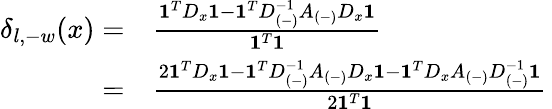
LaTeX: \begin{array}{rl}{\delta_{l,-w}(x)=}&{\frac{\mathbf{1}^{T}D_{x}\mathbf{1}-\mathbf{1}^{T}D_{(-)}^{-1}A_{(-)}D_{x}\mathbf{1}}{\mathbf{1}^{T}\mathbf{1}}}\\ {=}&{\frac{2\mathbf{1}^{T}D_{x}\mathbf{1}-\mathbf{1}^{T}D_{(-)}^{-1}A_{(-)}D_{x}\mathbf{1}-\mathbf{1}^{T}D_{x}A_{(-)}D_{(-)}^{-1}\mathbf{1}}{2\mathbf{1}^{T}\mathbf{1}}\, }\end{array}